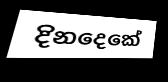
දිනදෙකේ